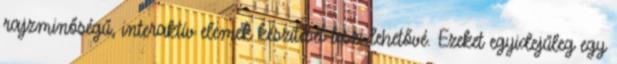
rajzminőségű, interaktív elemek készítését teszi lehetővé. Ezeket egyidejűleg egy